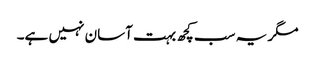
مگر یہ سب کچھ بہت آسان نہیں ہے۔